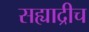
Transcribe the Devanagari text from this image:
सह्याद्रीच